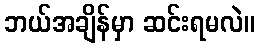
ဘယ်အချိန်မှာ ဆင်းရမလဲ။